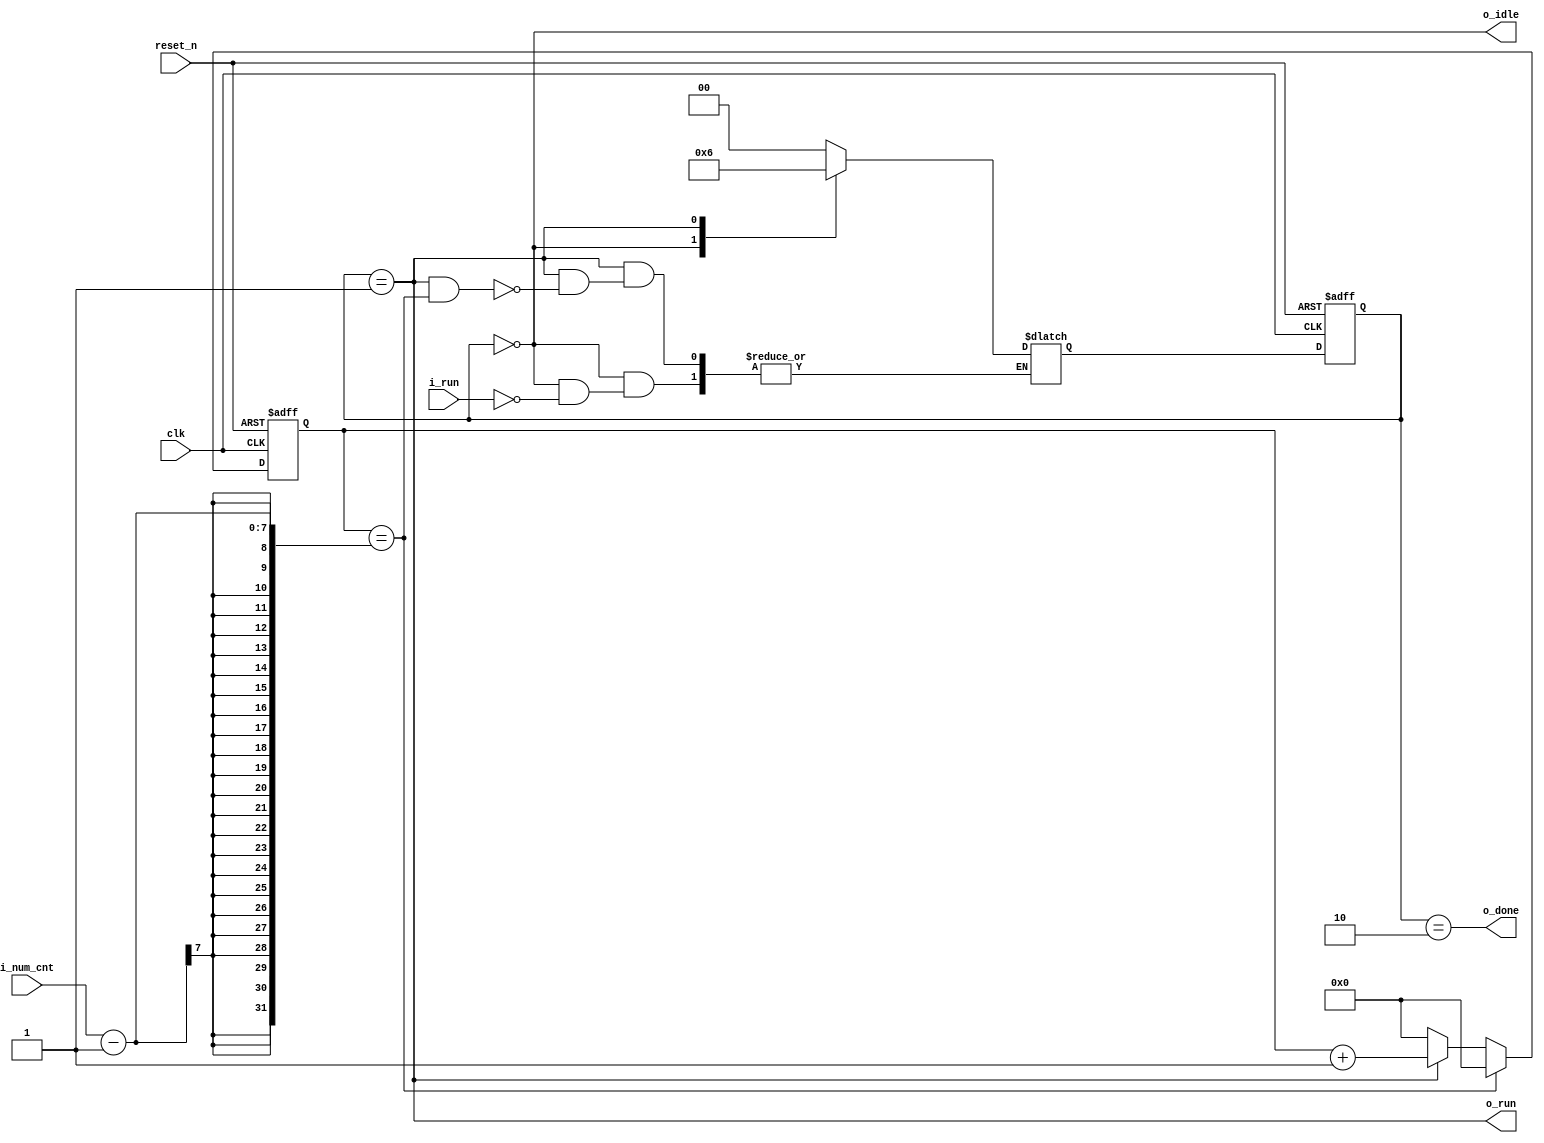
`timescale 1ns / 1ps

module fsm_counter(

	input clk,
	input reset_n,
	input i_run,
	input [6:0]	i_num_cnt,

	output o_idle,
	output o_run,
	output o_done
);
	
	wire is_done;		//HIGH when finish running

	reg [1:0]	c_state;
	reg [1:0]	n_state;

	localparam S_IDLE = 2'b00;
	localparam S_RUN  = 2'b01;
	localparam S_DONE = 2'b10;

	//1. flow of state
	always @ (posedge clk or negedge reset_n) begin
		if(!reset_n) begin
			c_state <= S_IDLE;
		end
		else begin
			c_state <= n_state;
		end
	end

	//2. compute n_state
	always @ (*) begin
//		n_state = S_IDLE	//prevent latch -> this code replace with default case
		case(c_state)
		S_IDLE: if(i_run)
				n_state = S_RUN;
		S_RUN: if(is_done)
				n_state = S_DONE;
		S_DONE: n_state = S_IDLE;
		default: n_state = S_IDLE;
		endcase	
	end

	//3. implement count logic
	reg	[6:0]	r_cnt;		//be able to count 2^7 = 128

	always @(posedge clk or negedge reset_n) begin
		if(!reset_n) begin
			r_cnt <= 7'd0;
		end
		else if(r_cnt == i_num_cnt - 1) begin
			r_cnt <= 7'd0;
		end
		else if (o_run) begin
			r_cnt <= r_cnt + 1'b1;;
		end
		else begin
			r_cnt <= 7'd0;
		end
	end
	
	//3.5 make HIGH is_done value when finish counting
	assign is_done = o_run && (r_cnt == i_num_cnt - 1);

	//4. compute output (assign idle, run, done signal)
	assign o_idle = c_state == S_IDLE;
	assign o_run  = c_state == S_RUN;
	assign o_done = c_state == S_DONE;

endmodule